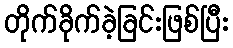
တိုက်ခိုက်ခဲ့ခြင်းဖြစ်ပြီး